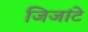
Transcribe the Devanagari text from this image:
जिजांटे